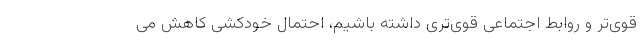
قوی‌تر و روابط اجتماعی قوی‌تری داشته باشیم، احتمال خودکشی کاهش می